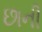
છાની